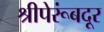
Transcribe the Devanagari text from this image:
श्रीपेरूंबदूर